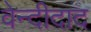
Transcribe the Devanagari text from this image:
वेन्दीदाद